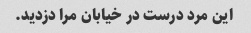
این مرد درست در خیابان مرا دزدید.